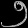
Digit: ၅